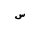
Letter: _sin